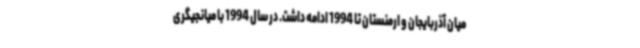
میان آذربایجان و ارمنستان تا 1994 ادامه داشت. در سال 1994 با میانجیگری